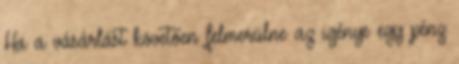
Ha a vásárlást követően felmerülne az igénye egy pénz